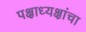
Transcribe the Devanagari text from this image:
पक्षाध्यक्षांचा